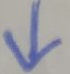
\downarrow